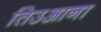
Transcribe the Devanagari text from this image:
तिउआना